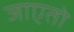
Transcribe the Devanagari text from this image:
जाएतो